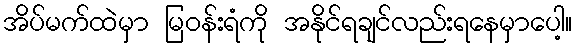
အိပ်မက်ထဲမှာ မြဝန်းရံကို အနိုင်ရချင်လည်းရနေမှာပေါ့။